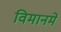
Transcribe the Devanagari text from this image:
विमानमें